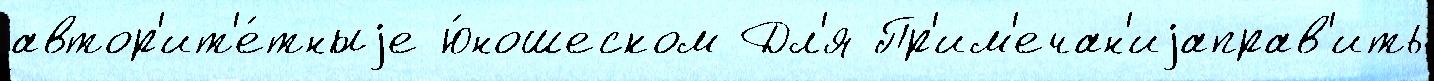
автор'ит'е́тныjе ю́ношеском Дл'я Пр'им'ечан'иjаправ'ить